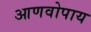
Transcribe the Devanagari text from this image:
आणवोपाय